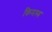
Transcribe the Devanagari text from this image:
किमस्य